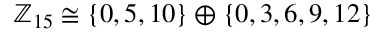
\mathbb { Z } _ { 1 5 } \cong \{ 0 , 5 , 1 0 \} \oplus \{ 0 , 3 , 6 , 9 , 1 2 \}